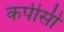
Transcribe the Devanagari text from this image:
कपीसी